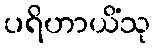
ပရိဟာယိံသု